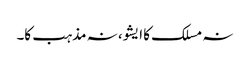
نہ مسلک کا ایشو، نہ مذہب کا۔